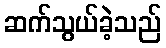
ဆက်သွယ်ခဲ့သည်